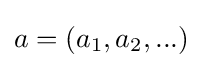
a=(a_{1},a_{2},...)